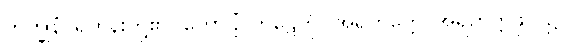
ဘိက္ခုနံ၊ ရဟန်းတို့၏။ ကောဋိံ၊ ကုဋေကို။ အရဟတ္တေ၊ အရဟတ္တဖိုလ်၌။